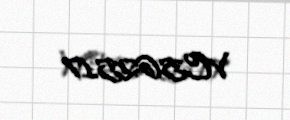
VC562517